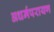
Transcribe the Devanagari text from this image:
अधर्मपरायण